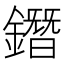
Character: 鐕